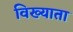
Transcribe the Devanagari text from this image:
विख्याता